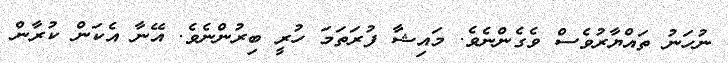
ނުހަނު ތައްޔާރުވެސް ވެގެންނެވެ. މައިޝާ ފުރަތަމަ ހުރީ ބިރުންނެވެ. އޭނާ އެކަން ކުރާން